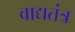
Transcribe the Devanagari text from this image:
वाद्यतंत्र